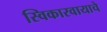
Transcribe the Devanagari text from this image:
स्विकारवायाचे